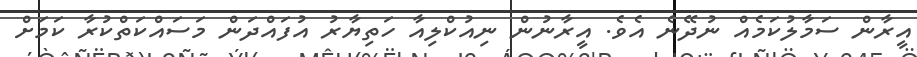
އީރާން ސަމާލުކަމެއް ނުދޭނެ އެވެ. އީރާނުން ނިއުކްލިއާ ހަތިޔާރު އުފައްދަން މަސައްކަތްކުރާ ކަމަށް